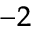
^ { - 2 }